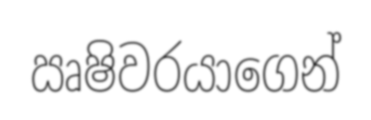
ඍෂිවරයාගෙන්